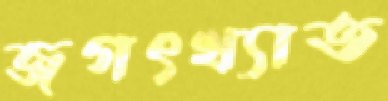
জগৎখ্যাত